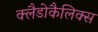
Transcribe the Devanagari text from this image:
क्लैडोकैलिक्स